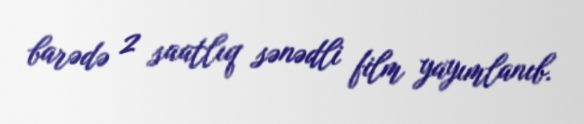
barədə 2 saatlıq sənədli film yayımlanıb.